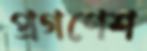
প্রগণেশ